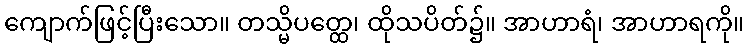
ကျောက်ဖြင့်ပြီးသော။ တသ္မိပတ္ထေ၊ ထိုသပိတ်၌။ အာဟာရံ၊ အာဟာရကို။